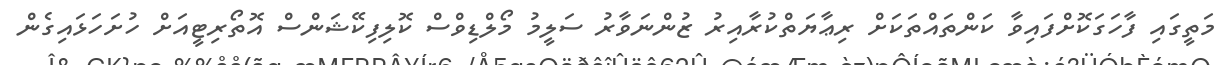
މަތީގައި ފާހަގަކޮށްފައިވާ ކަންތައްތަކަށް ރިޢާޔަތްކުރާއިރު ޒުންނަވާރު ސަލީމު މޯލްޑިވްސް ކޮލިފިކޭޝަންސް އޮތޯރިޓީއަށް ހުށަހަޅައިގެން